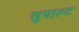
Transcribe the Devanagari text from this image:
सुपाल्ट